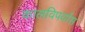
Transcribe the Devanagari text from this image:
कालविपर्यास